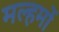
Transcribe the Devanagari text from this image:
मल्हमों